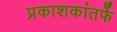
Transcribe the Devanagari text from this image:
प्रकाशकांतर्फे